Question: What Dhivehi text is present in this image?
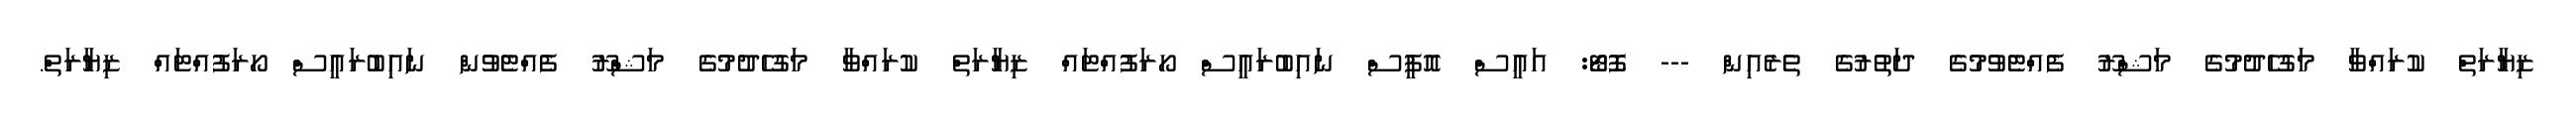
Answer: ޒިޔާރަތް ކުރައްވާ މަގުހެދުމުގެ މަޝްރޫ ފެއްޓެވުމުގެ ދަތުރުގެ ތެރެއިން --- ފޮޓޯ: އައީސް އޮފީސް ނައިބުރައީސް ހޯރަފުއްޓައް ޒިޔާރަތް ކުރައްވާ މަގުހެދުމުގެ މަޝްރޫ ފެއްޓެވުން ނައިބުރައީސް ހޯރަފުއްޓައް ޒިޔާރަތް.